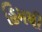
હિમથી